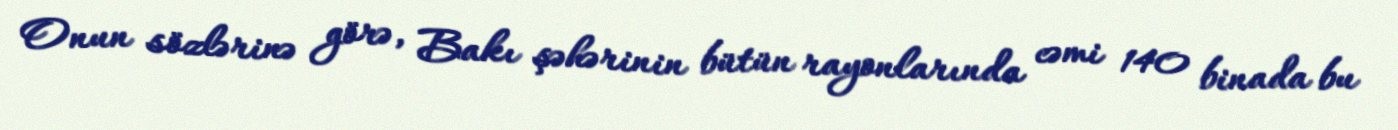
Onun sözlərinə görə, Bakı şəhərinin bütün rayonlarında cəmi 140 binada bu